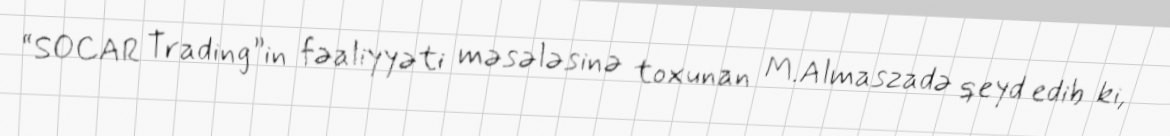
“SOCAR Trading”in fəaliyyəti məsələsinə toxunan M.Almaszadə qeyd edib ki,